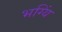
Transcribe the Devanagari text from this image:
भग्यिं